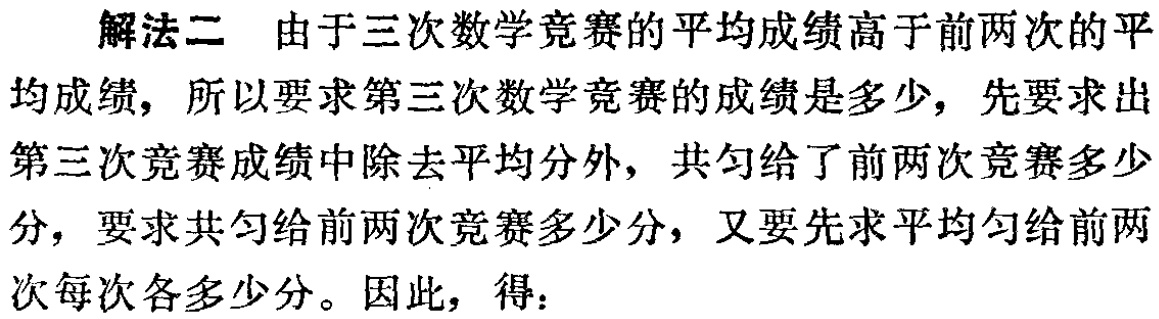
解法二 由于三次数学竞赛的平均成绩高于前两次的平
均成绩，所以要求第三次数学竞赛的成绩是多少，先要求出
第三次竞赛成绩中除去平均分外，共匀给了前两次竞赛多少
分，要求共匀给前两次竞赛多少分，又要先求平均匀给前两
次每次各多少分。因此，得：